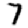
Digit: 7